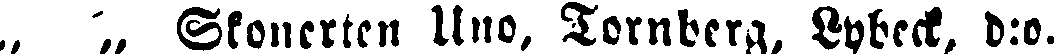
„ „ Skonerten Uno, Tornberg, Lybeck, d:o.